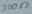
Text: 300Ω